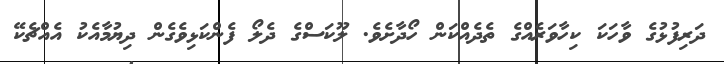
ދަރިފުޅުގެ ވާހަކަ ކިހާވަރެއްގެ ތެދެއްކަން ހޯދާށެވެ. ލޫކަސްގެ ދެލޯ ފެންކަޅިވެގެން ދިޔުމާއެކު އެއްޗެކޭ